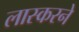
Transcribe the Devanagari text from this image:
लास्करने